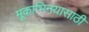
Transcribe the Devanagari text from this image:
मूकाभिनयासाठी